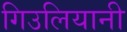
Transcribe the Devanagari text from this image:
गिउलियानी